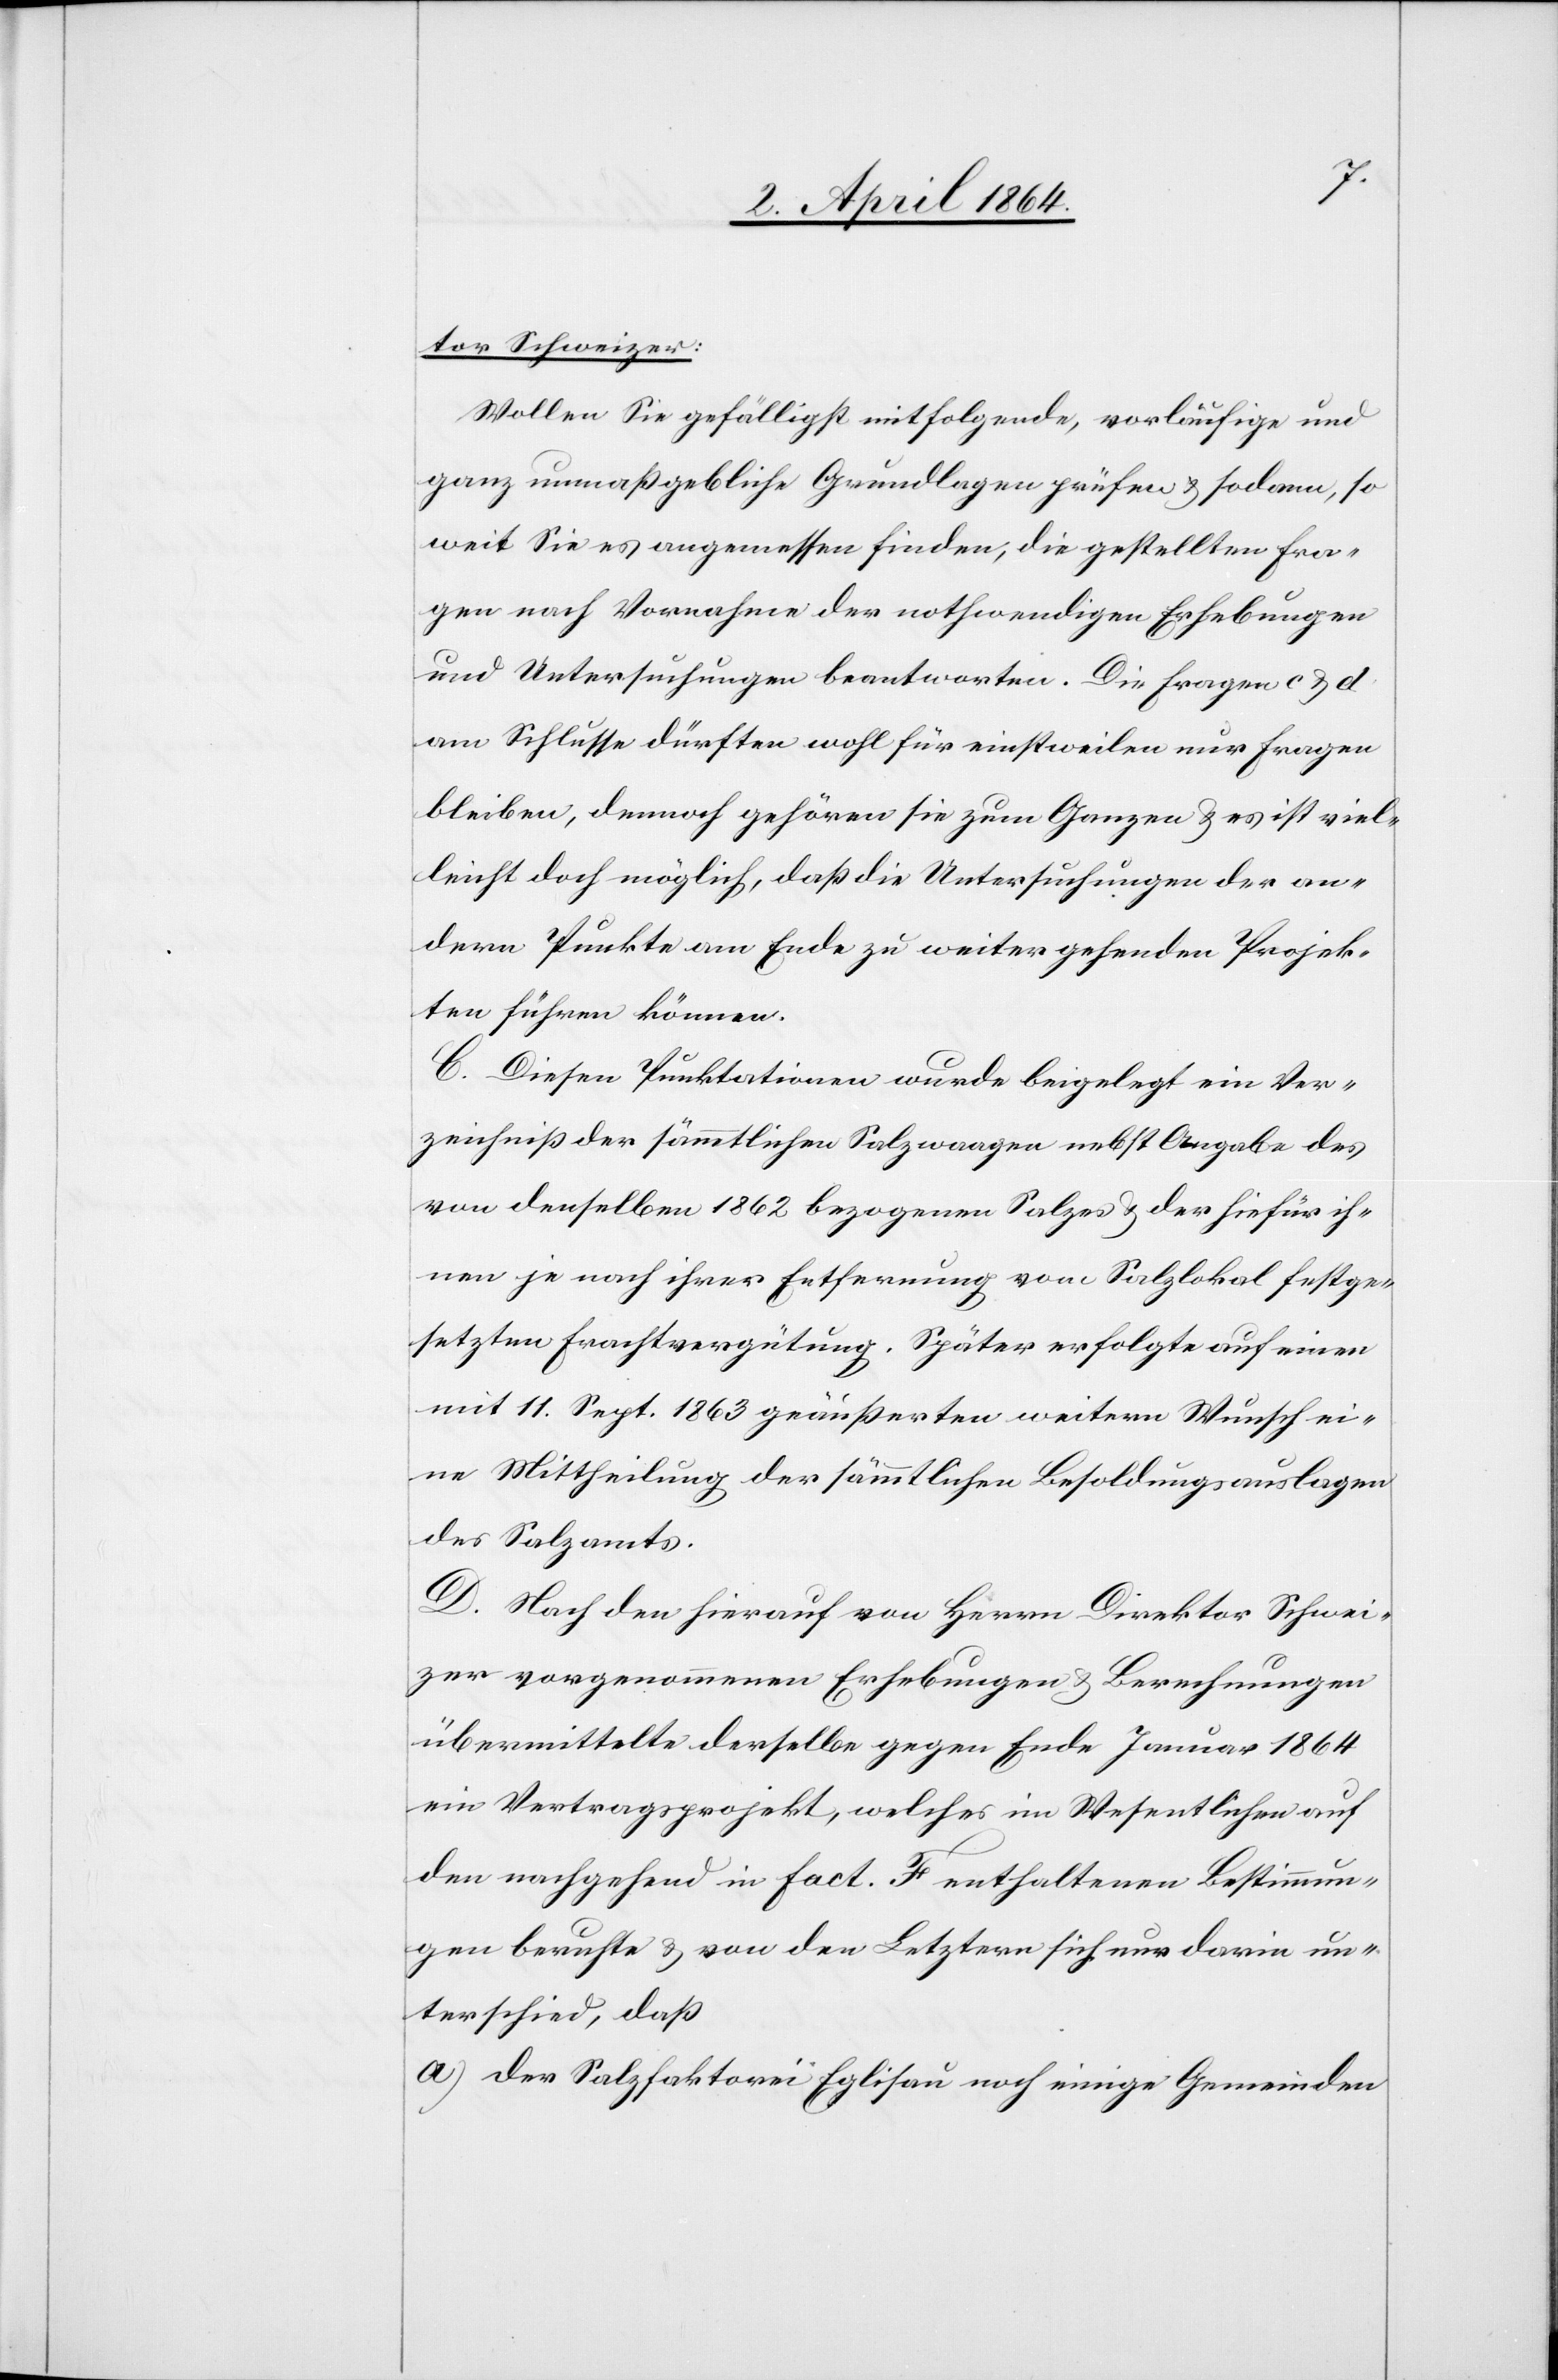
tor Schweizer:
Wollen Sie gefälligst mitfolgende, vorläufige und
ganz unmaßgebliche Grundlagen prüfen u. sodann, so
weit Sie es angemessen finden, die gestellten Fra¬
gen nach Vornahme der nothwendigen Erhebungen
und Untersuchungen beantworten. Die Fragen c u. d
am Schlusse dürften wohl für einstweilen nur Fragen
bleiben, dennoch gehören sie zum Ganzen u. es ist viel¬
leicht doch möglich, daß die Untersuchungen der an¬
dern Punkte am Ende zu weiter gehenden Projek¬
ten führen können.
C. Diesen Punktationen wurde beigelegt ein Ver¬
zeichnis der sämmtlichen Salzwaagen nebst Angabe des
von denselben 1862 bezogenen Salzes u. der hiefür ih¬
nen ja nach ihrer Entfernung vom Salzlokal festge¬
setzten Frachtvergütung. Später erfolgte auf einen
mit 11. Sept. 1863 geäußerten weitern Wunsch ei¬
ne Mittheilung der sämmtlichen Besoldungsauslagen
des Salzamts.
D. Nach den hierauf von Herrn Direktor Schwei¬
zer vorgenommenen Erhebungen u. Berechnungen
übermittelte derselbe gegen Ende Januar 1864
ein Vertragsprojekt, welches im Wesentlichen auf
den nachgehend in fact. F enthaltenen Bestimmun¬
gen beruhte u. von den Letztern sich nun darin un¬
terschied, daß
a.) der Salzfaktorei Eglisau noch einige Gemeinden